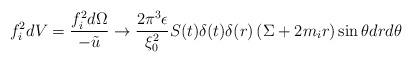
LaTeX: \begin{align*}f_{i}^{2}dV=\frac{f_{i}^{2}d\Omega }{-\tilde{u}}\rightarrow \frac{2\pi^{3}\epsilon }{\xi _{0}^{2}}S(t)\delta (t)\delta (r)\left( \Sigma+2m_{i}r\right) \sin \theta drd\theta\end{align*}